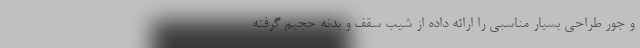
و جور طراحی بسیار مناسبی را ارائه داده از شیب سقف و بدنه حجیم گرفته